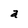
Character: a